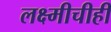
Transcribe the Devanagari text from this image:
लक्ष्मीचीही